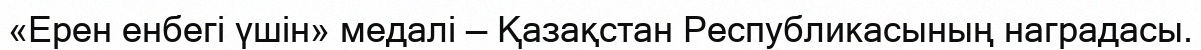
«Ерен енбегі үшін» медалі — Қазақстан Республикасының наградасы.